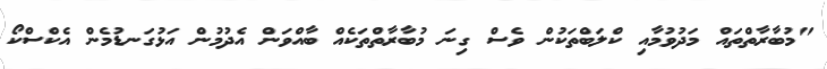
"މުބާރާތްތައް މަދުވުމާއި ކްލަބްތަކުން ވެސް ގިނަ މުބާރާތްތަކެއް ބާއްވަން އެދުމުން އަޅުގަނޑުމެން އެކްސްކޯ